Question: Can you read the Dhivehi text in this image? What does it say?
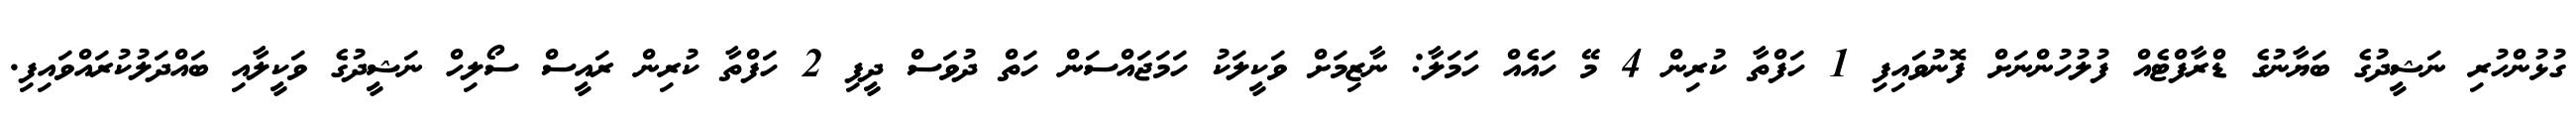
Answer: ގުޅުންހުރި ނަޝީދުގެ ބަޔާނުގެ ޑްރާފްޓެއް ފުލުހުންނަށް ފޮނުވައިފި 1 ހަފްތާ ކުރިން 4 މޭ ހައެއް ހަމަލާ: ނާޒިމަށް ވަކީލަކު ހަމަޖައްސަން ހަތް ދުވަސް ދީފި 2 ހަފްތާ ކުރިން ރައީސް ސޯލިހް ނަޝީދުގެ ވަކީލާއި ބައްދަލުކުރައްވައިފި.